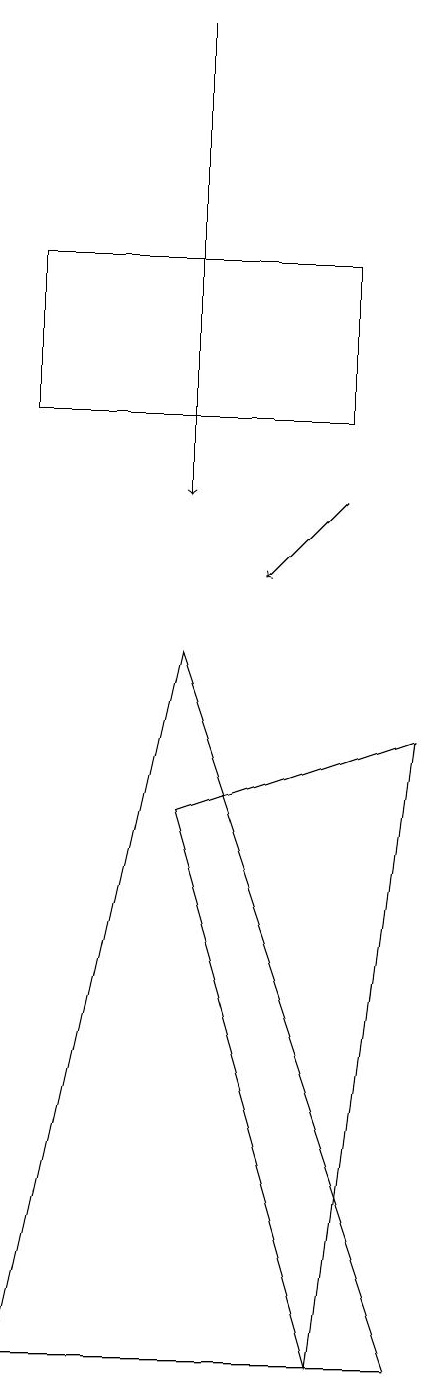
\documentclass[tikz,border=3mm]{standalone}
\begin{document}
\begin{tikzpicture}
\draw (5,9) -- (3,0) -- (8,0) -- cycle;
\draw (8,8) -- (7,0) -- (5,7) -- cycle;
\draw[->] (7,11) -- (6,10);
\draw[->] (5,17) -- (5,11);
\draw (3,14) rectangle (7,12);
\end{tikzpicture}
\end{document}